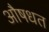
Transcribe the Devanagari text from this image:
औषधत